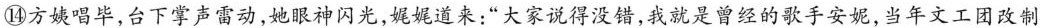
⑭方姨唱毕，台下掌声雷动，她眼神闪光，娓娓道来：”大家说得没错，我就是曾经的歌手安妮，当年文工团改制